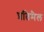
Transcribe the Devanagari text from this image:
प्रतिमैल